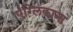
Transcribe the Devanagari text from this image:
एंग्लिकाना